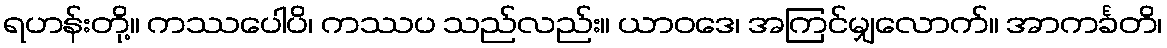
ရဟန်းတို့။ ကဿပေါပိ၊ ကဿပ သည်လည်း။ ယာဝဒေ၊ အကြင်မျှလောက်။ အာကင်္ခတိ၊